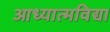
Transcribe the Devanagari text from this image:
आध्यात्मविद्या